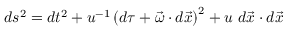
d s ^ { 2 } = d t ^ { 2 } + u ^ { - 1 } \left( d \tau + \vec { \omega } \cdot d \vec { x } \right) ^ { 2 } + u ~ d \vec { x } \cdot d \vec { x }